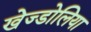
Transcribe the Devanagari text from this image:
खेज्डोलिया